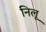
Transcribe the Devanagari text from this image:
निलू